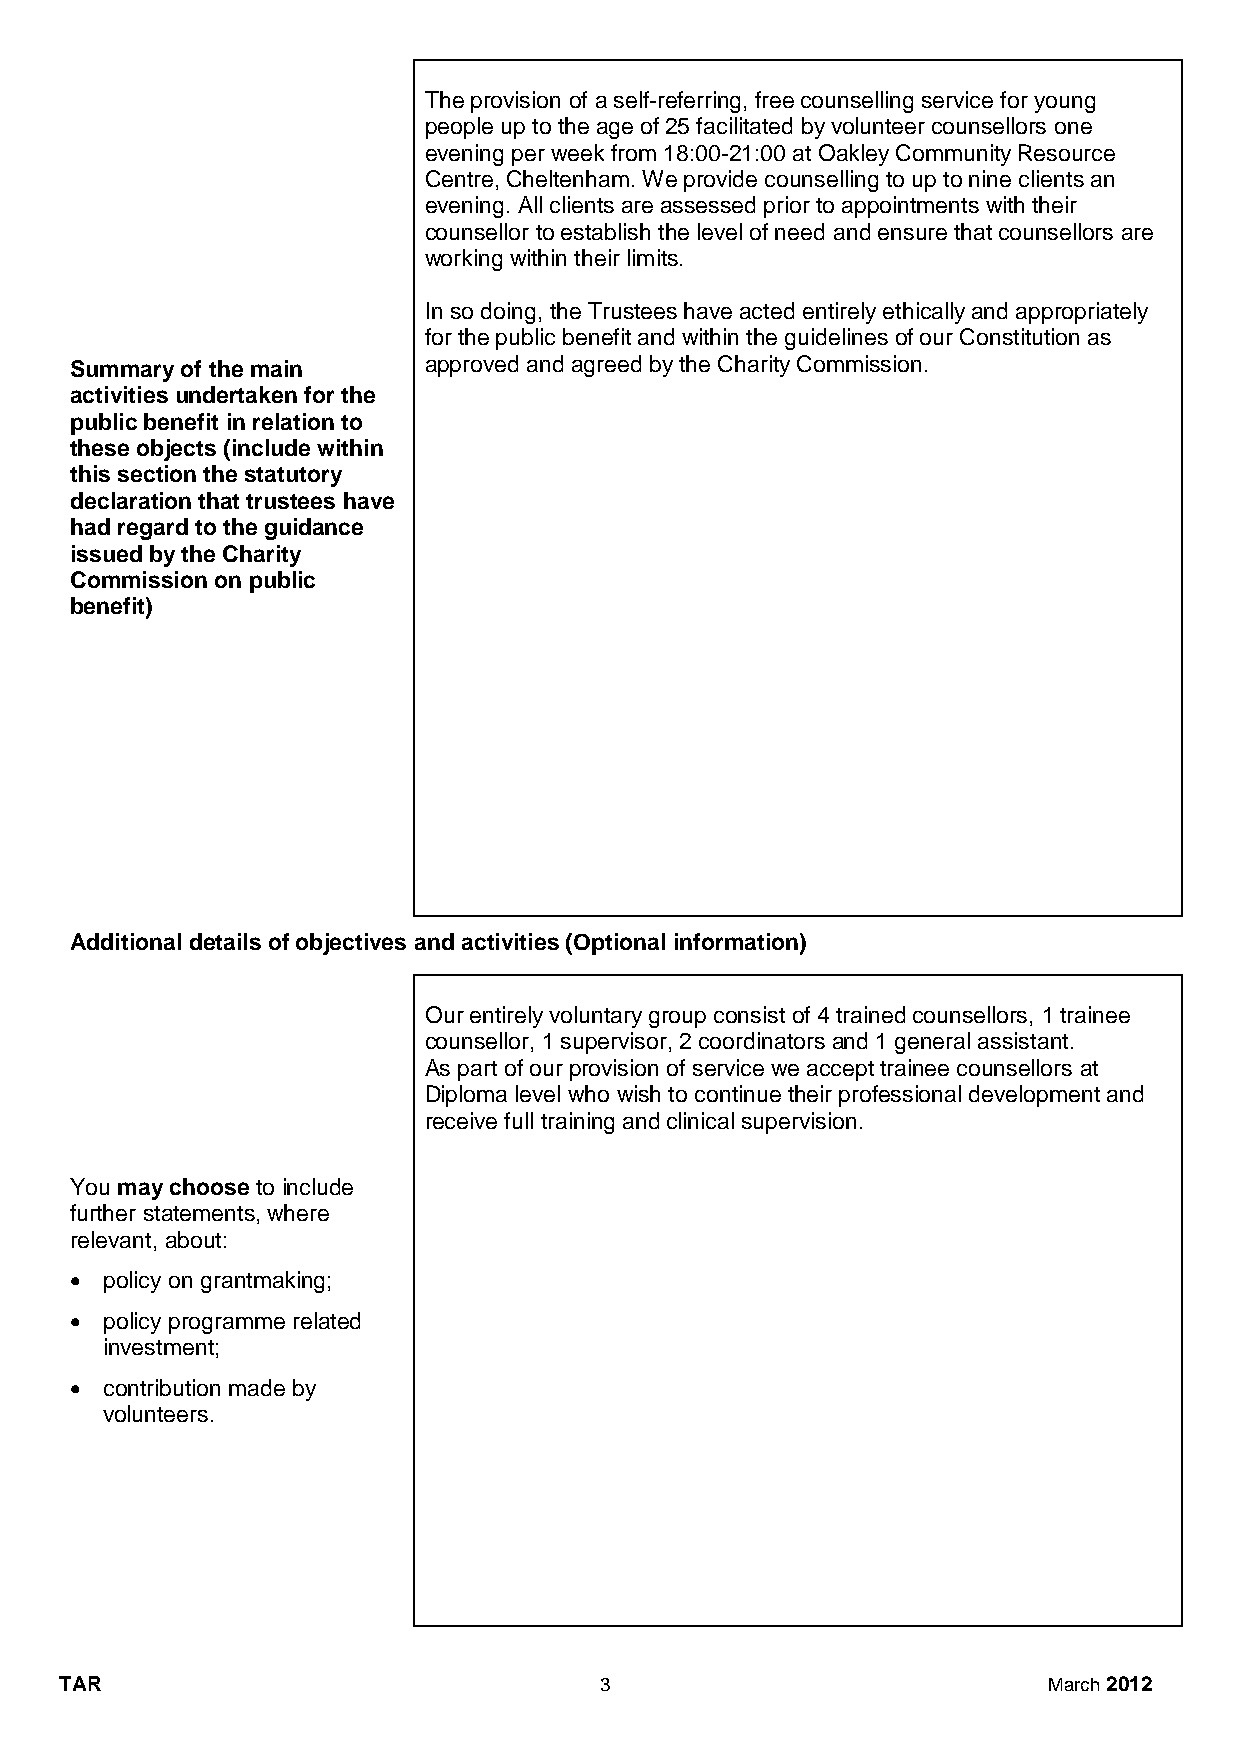
The provision of a self-referring, free counselling service for young
 people up to the age of 25 facilitated by volunteer counsellors one
 evening per week from 18:00-21:00 at Oakley Community Resource
 Centre, Cheltenham. We provide counselling to up to nine clients an
 evening. All clients are assessed prior to appointments with their
 counsellor to establish the level of need and ensure that counsellors are
 working within their limits.
 In so doing, the Trustees have acted entirely ethically and appropriately
 for the public benefit and within the guidelines of our Constitution as
 Summary of the main    approved and agreed by the Charity Commission.
 activities undertaken for the
 public benefit in relation to
 these objects (include within
 this section the statutory
 declaration that trustees have
 had regard to the guidance
 issued by the Charity
 Commission on public
 benefit)
 Additional details of objectives and activities (Optional information)
 Our entirely voluntary group consist of 4 trained counsellors, 1 trainee
 counsellor, 1 supervisor, 2 coordinators and 1 general assistant.
 As part of our provision of service we accept trainee counsellors at
 Diploma level who wish to continue their professional development and
 receive full training and clinical supervision.
 You may choose to include
 further statements, where
 relevant, about:
  policy on grantmaking;
  policy programme related
 investment;
  contribution made by
 volunteers.
 TAR                                 3                            March 2012